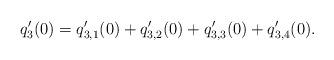
LaTeX: \begin{align*}q_3'(0)=q_{3,1}'(0)+q_{3,2}'(0)+q_{3,3}'(0)+q_{3,4}'(0).\end{align*}